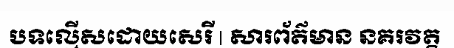
បទល្មើសដោយសេរី | សារព័ត៌មាន នគរវត្ត